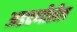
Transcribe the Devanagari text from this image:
अडचणीतील